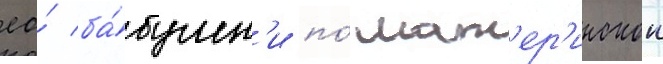
ео́ ба́бушк'и по́ мат'ер'инскои